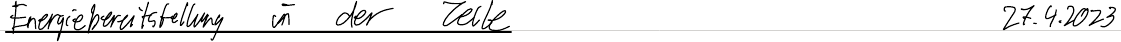
Energiebereitstellung in der Zelle   27.4.2023